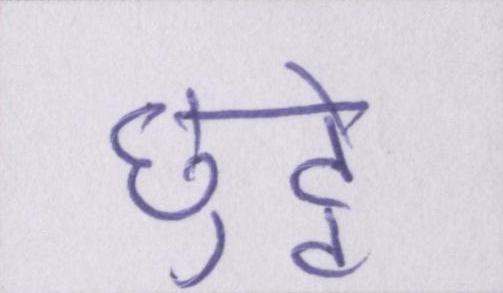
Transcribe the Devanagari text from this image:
छुट्टे